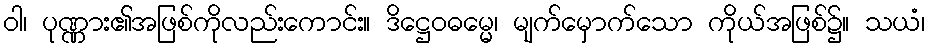
ဝါ၊ ပုဏ္ဏား၏အဖြစ်ကိုလည်းကောင်း။ ဒိဋ္ဌေဝဓမ္မေ၊ မျက်မှောက်သော ကိုယ်အဖြစ်၌။ သယံ၊